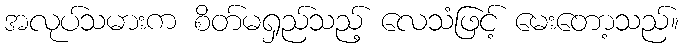
အလုပ်သမားက စိတ်မရှည်သည့် လေသံဖြင့် မေးတော့သည်။